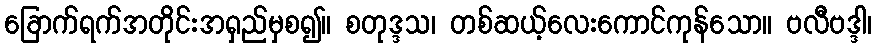
ခြောက်ရက်အတိုင်းအရှည်မှစ၍။ စတုဒ္ဒသ၊ တစ်ဆယ့်လေးကောင်ကုန်သော။ ဗလီဗဒ္ဒါ၊